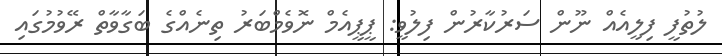
ލުތުފީ ފިލީއެއް ނޫން ސަރުކާރުން ފިލުވީ: ޕީޕީއެމް ނޮވެމްބަރު ތިނެއްގެ ބަގާވާތް ރޭވުމުގައި